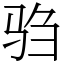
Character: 驺